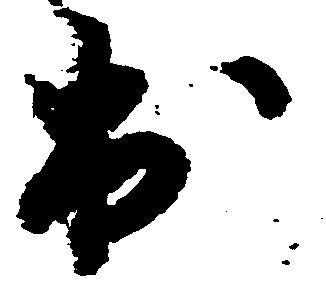
出